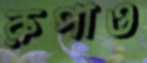
রুপাও